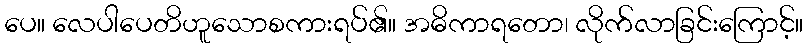
ပေ။ လေပါပေတိဟူသောစကားရပ်၏။ အဓိကာရတော၊ လိုက်လာခြင်းကြောင့်။